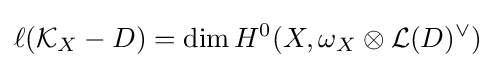
\ell ({\mathcal {K}}_{X}-D)=\dim H^{0}(X,\omega _{X}\otimes {\mathcal {L}}(D)^{\vee })